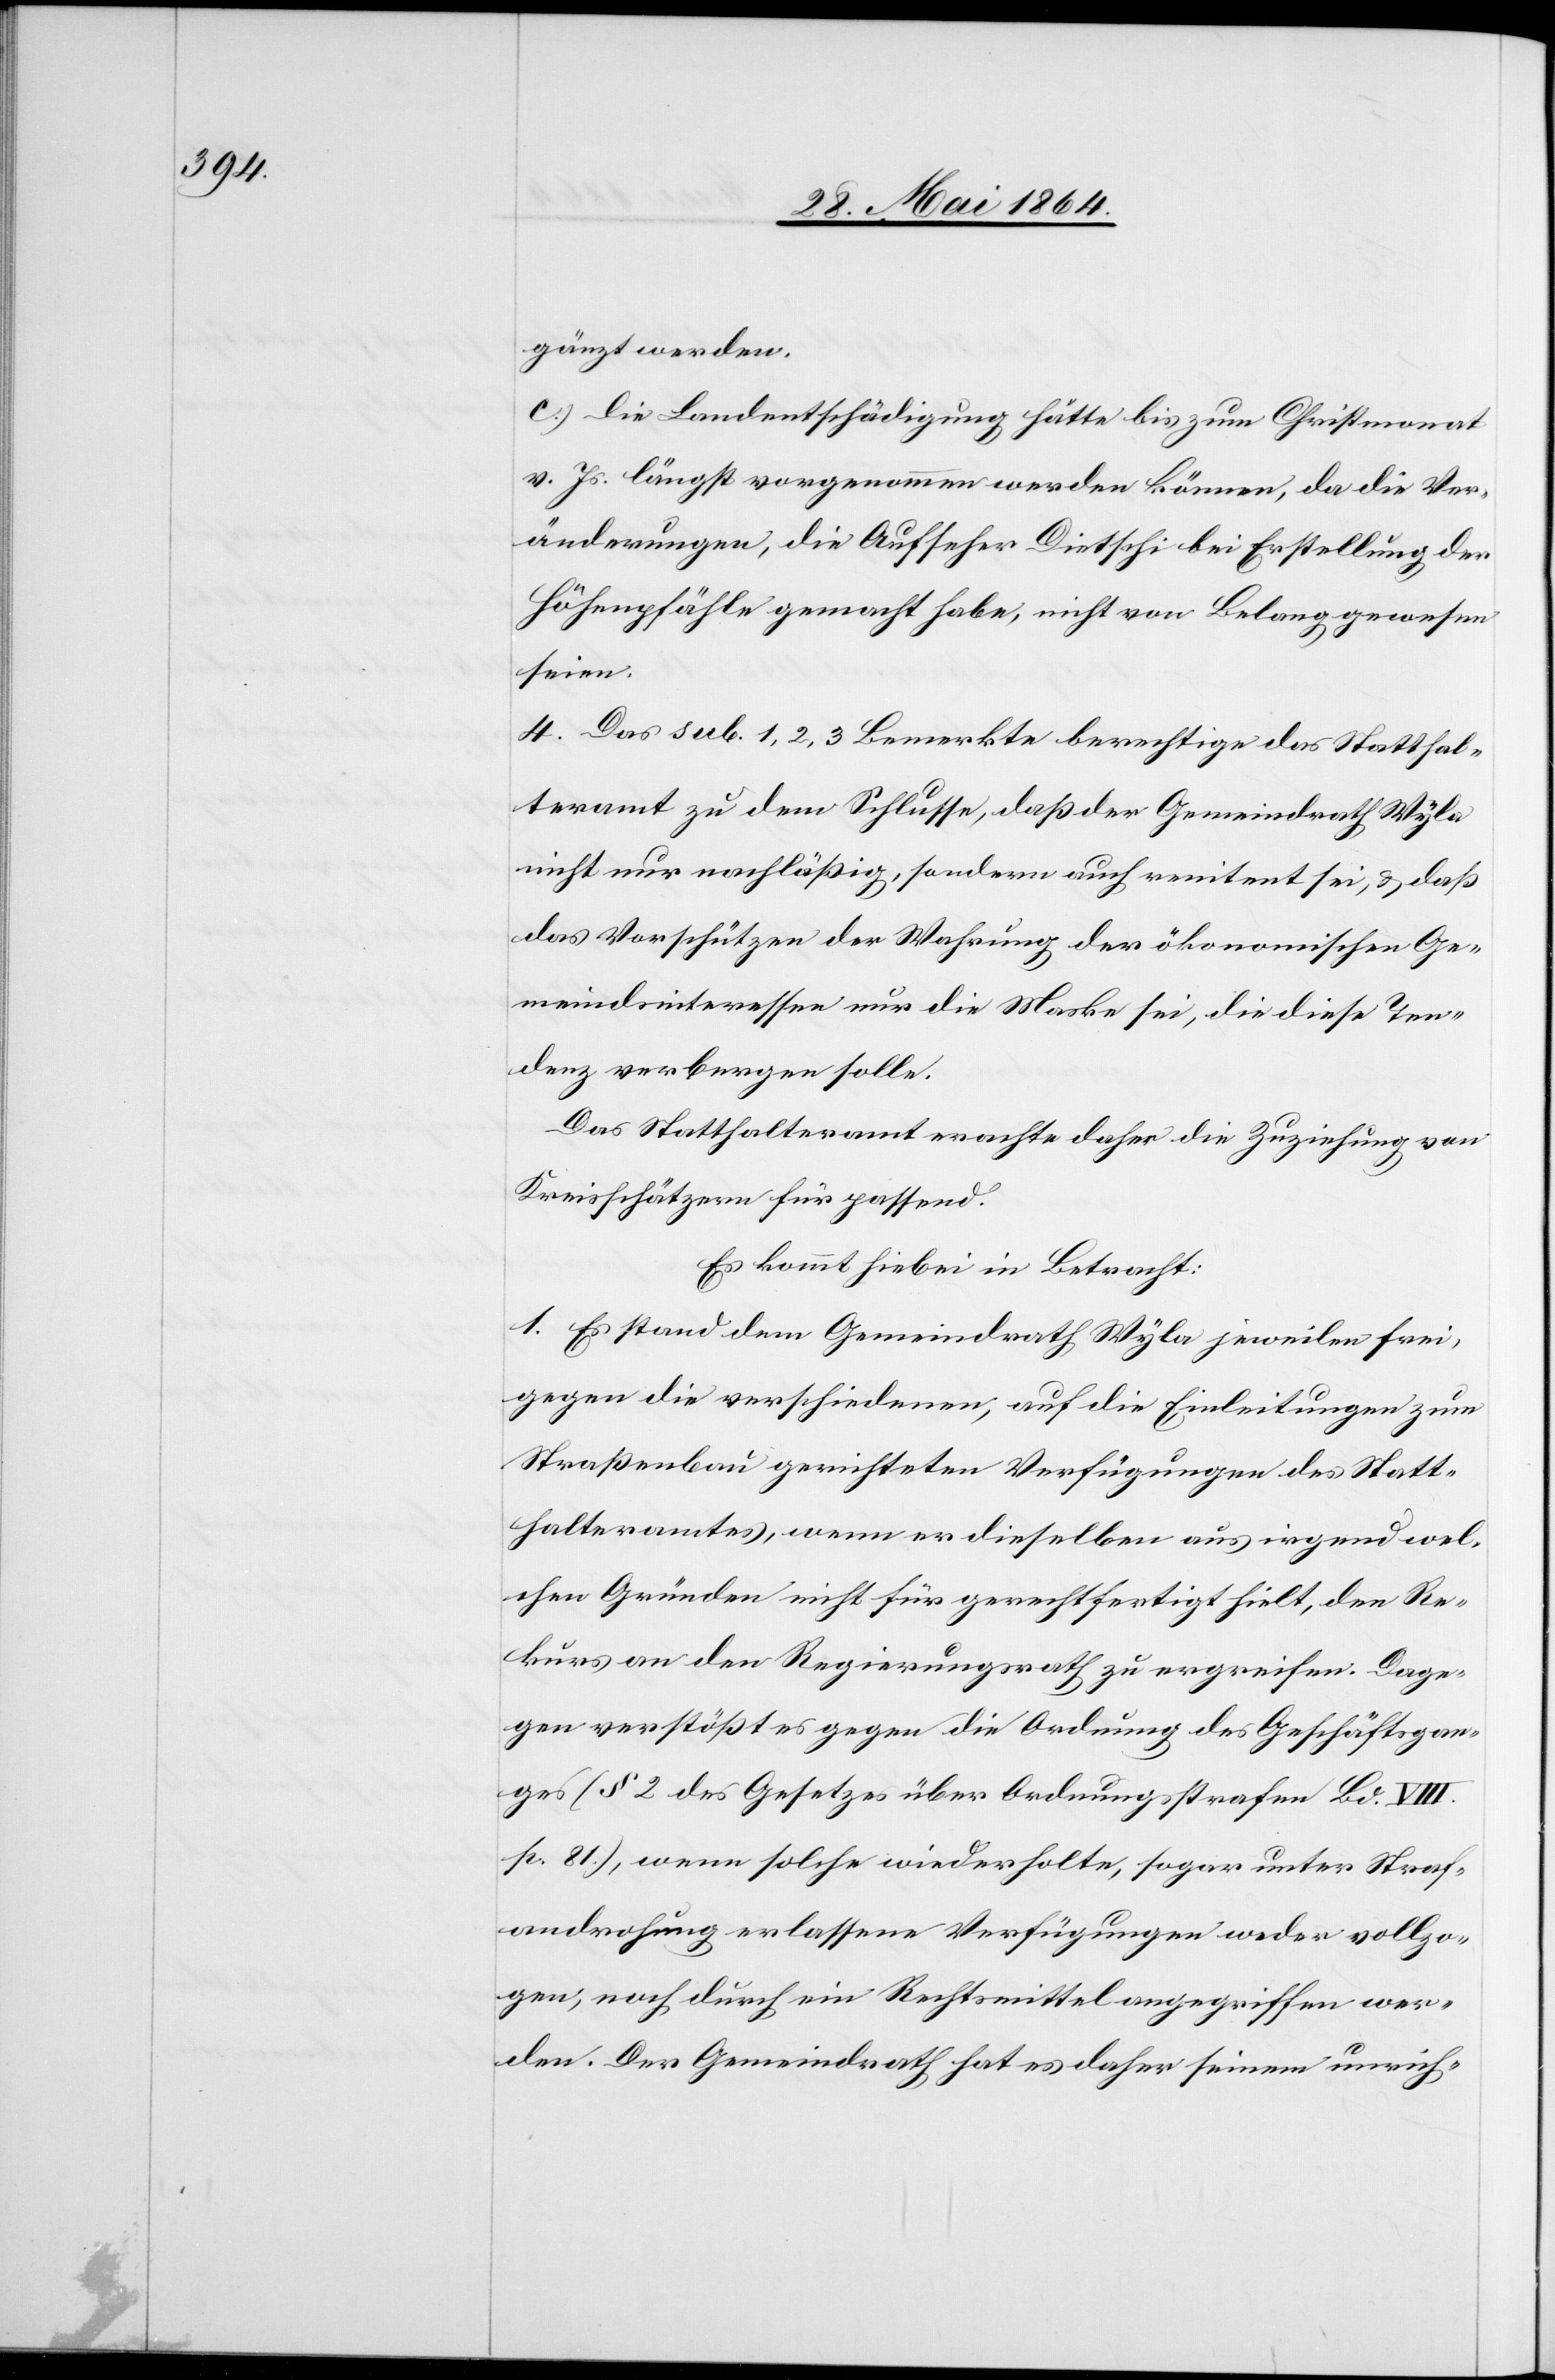
gänzt werden.
c.) Die Landentschädigung hätte bis zum Christmonat
v. Js. längst vorgenommen werden können, da die Ver¬
änderungen, die Aufseher Dietschi bei Erstellung der
Höhenpfähle gemacht habe, nicht von Belang gewesen
seien.
4. Das sub. 1, 2, 3 Bemerkte berechtige das Statthal¬
teramt zu dem Schlusse, daß der Gemeindrath Wyla
nicht nur nachläßig, sondern auch renitent sei, u. daß
das Vorschützen der Wahrung der ökonomischen Ge¬
meindsinteressen nur die Maske sei, die diese Ten¬
denz verbergen solle.
Das Statthalteramt erachte daher die Zuziehung von
Kreisschätzern für passend.
Es kommt hiebei in Betracht:
1. Es stand dem Gemeindrath Wyla jeweilen frei,
gegen die verschiedenen, auf die Einleitungen zum
Straßenbau gerichteten Verfügungen des Statt¬
halteramtes, wenn er dieselben aus irgend wel¬
chen Gründen nicht für gerechtfertigt hielt, den Re¬
kurs an den Regierungsrath zu ergreifen. Dage¬
gen verstößt es gegen die Ordnung des Geschäftsgan¬
ges (§ 2 des Gesetzes über Ordnungsstrafen Bd. VIII.
p. 81.), wenn solche wiederholte, sogar unter Straf¬
androhung erlassene Verfügungen weder vollzo¬
gen, noch durch ein Rechtsmittel angegriffen wer¬
den. Der Gemeindrath hat es daher seinem unrich-